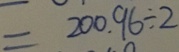
= 2 0 0 \cdot 9 6 \div 2